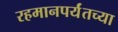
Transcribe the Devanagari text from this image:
रहमानपर्यंतच्या